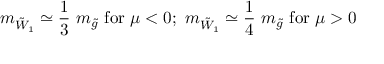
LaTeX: m _ { { \tilde { W } } _ { 1 } } \simeq \frac { 1 } { 3 } ~ m _ { { \tilde { g } } } ~ \mathrm { f o r } ~ \mu < 0 ; ~ m _ { { \tilde { W } } _ { 1 } } \simeq \frac { 1 } { 4 } ~ m _ { { \tilde { g } } } ~ \mathrm { f o r } ~ \mu > 0